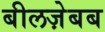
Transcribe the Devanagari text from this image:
बीलज़ेबब